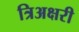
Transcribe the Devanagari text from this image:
त्रिअक्षरी